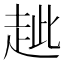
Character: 𧺼